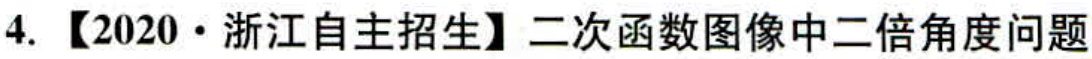
4. 【2020·浙江自主招生】二次函数图像中二倍角度问题